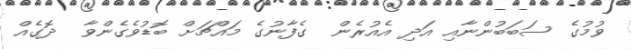
ވުމުގެ ސަބަބުންނާއި އަދި އެއުރެން  ގެފާނުގެ މައްޗަށް ބޮޑުވެގެންވާ  ދޮގެއް